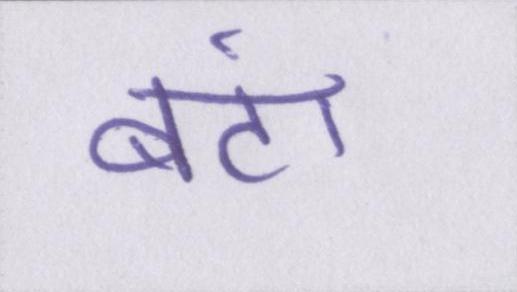
बंटा